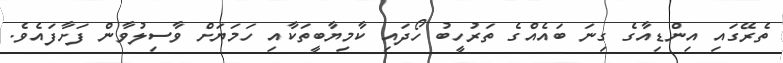
ތެރޭގައި އިންޑިއާގެ ގިނަ ބައެއްގެ ތަރުހީބު ހޯދައި ކާމިޔާބީތަކާއި ހަމަޔަށް ވާސިލުވާން ފަށާފައެވެ.